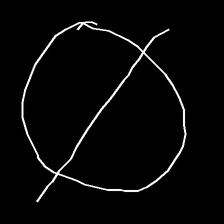
Glyph: orb